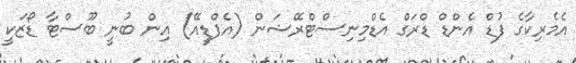
އެމެރިކާގެ ފުޑް އެންޑް ޑްރަގް އެޑްމިނިސްޓްރޭޝަން (އެފްޑީއޭ) އިން ބުނީ ބޫސްޓާ ޑޯޒަކީ